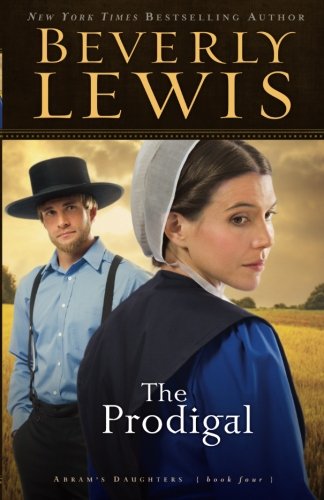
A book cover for The Prodigal (Abram's Daughters #4) (Volume 4); Beverly Lewis; Romance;